Annual report of the Prince of Wales Medical College, Patna
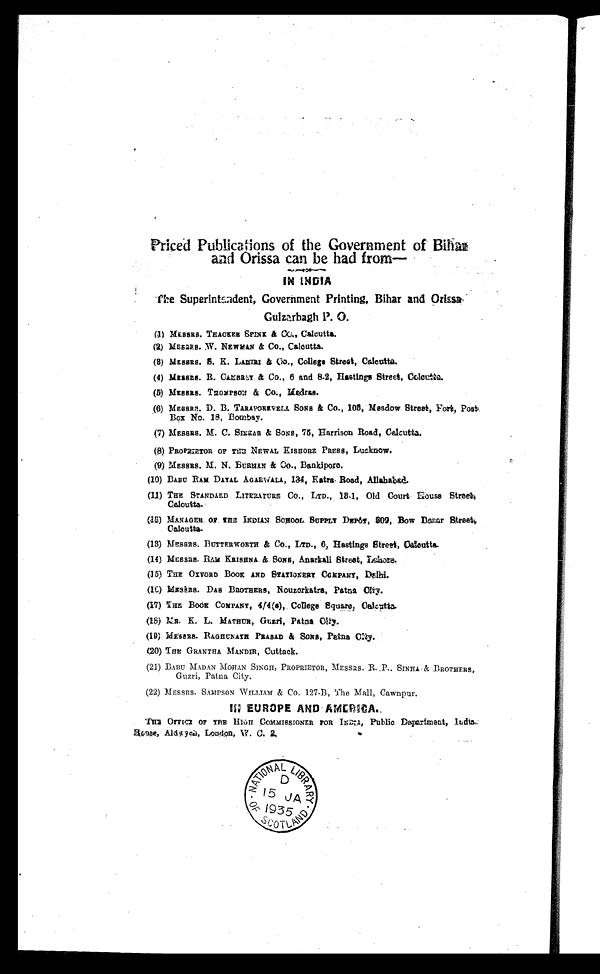
Priced Publications of the Government of Bihar
and Orissa can be had from—
IN INDIA
The Superintendent, Government Printing, Bihar and Orissa
Gulzarbagh P. O.
(1) MESSRS. THAOKER SPINE & Co., Calcutta.
(2) MESSRS. W.NEWMAN & Co., Calcutta.
(3) MESSRS. S. K. LAHIRI & Co., College Street, Calcutta.
(4) MESSRS. R. CAMBRAY & Co., 6 and 8-2, Hastings Street,
(5) MESSRS. THOMPSON & Co., Madras.
(6) MESSRS. D. B. TARAPOREVELS SONS & Co., 108, Meadow Street, Fort, Post.
•
Box No. 18, Bombay.
(7) MESSRS. M. C. SIKKAR & SONS, 75, Harrison Road, Calcutta.
(8) PROPRIETOR OF THE' NEWAL KISHORE PRESS, Lucknow.
(9) MESSRS. M. N. BURMAN & Co., Bankiporo.
(10) BABU RAM DAYAL AGAEWALA, 134, Katra- Road, Allahabad.
(11) THE STANDARD LITERATURE Co., LTD., 18-1, Old Court House Street,
Calcutta.
(12) MANAGER. OF THE INDIAN SCHOOL SUPPLY DEPôT, 309, Bow Bazar Street,
Calcutta.
(13) MESSRS. BUTTERWORTH & Co., LTD., Co.,6, Hastings Street, Calcutta.
(14) MESSRS. RAM KRISHNA & SONS, Anarkali Street, Lahore.
(15) THE OXVORD BOOK AND STATIONERY COMPANY, Delhi.
(16) MESSRS. DAS BROTHERS, Nouzorkatra, Patna City.
(17) THE BOOK COMPANY, 4/4(a), College Square, Calcutta.
(18) MR. K. L. MATHUR, Guzri, Patna City.
(19) MESSRS. RAGHUNATH PRASAD & SONS, Patna City.
(20) THE GRANTHA, MANDIR, Cuttack
.
(21)
BABU MADAN MOHAN SINGH, PROPRIETOR, MESSRS. R.P. SINHA & BROTHERS,
Guzri, Patna City.
(22) MESSRS. SAMPSON WILLIAM & Co. 127-B, The Mall, Cawnpur.
III EUROPE AND AMERICA.
THE OFFICE OF THE HIGH COMMISSIONER FOR INDIA, Public Department, India,
Bobee,
Aldwyan, London, W.C.2.